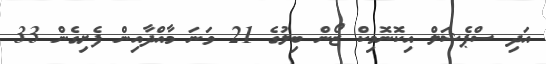
އަދި ސްޕެޝަލް އިކޮނޮމިކް ޒޯން ބިލުގެ 21 ވަނަ މާއްދާއިން ފެށިގެން 33